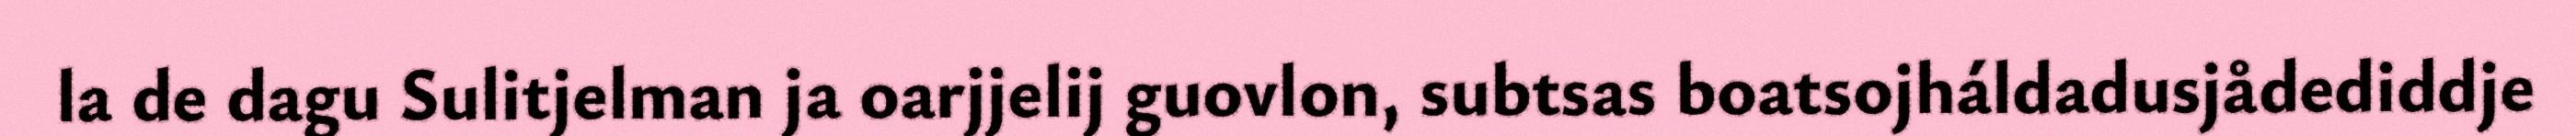
la de dagu Sulitjelman ja oarjjelij guovlon, subtsas boatsojháldadusjådediddje